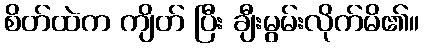
စိတ်ထဲက ကျိတ် ပြီး ချီးမွမ်းလိုက်မိ၏။